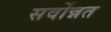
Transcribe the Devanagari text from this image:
सर्वोन्नत